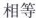
相等